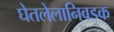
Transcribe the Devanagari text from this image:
घेतलेलानिवडक